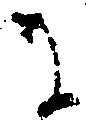
に